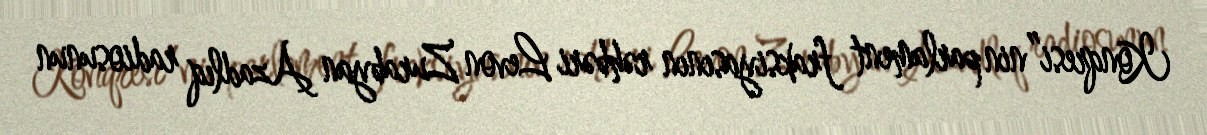
Konqresi”nin parlament fraksiyasının rəhbəri Levon Zurabyan Azadlıq radiosunun